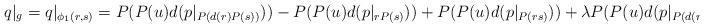
LaTeX: \begin{align*} q|_g &=q|_{\phi_1(r,s)} = P(P(u)d(p|_{P(d(r)P(s))})) - P(P(u)d(p|_{rP(s)})) +P(P(u)d(p|_{P(rs)})) + \lambda P(P(u)d(p|_{ P(d(r)s)})).\end{align*}